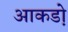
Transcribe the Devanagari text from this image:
आकडो़